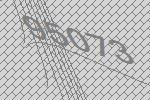
95073